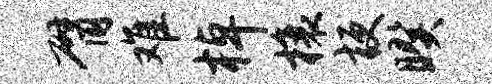
臂难棹榱梗暌